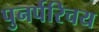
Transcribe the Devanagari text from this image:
पुनर्परिचय